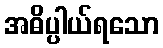
အဓိပ္ပါယ်ရသော